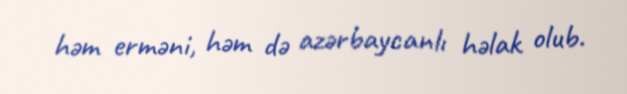
həm erməni, həm də azərbaycanlı həlak olub.